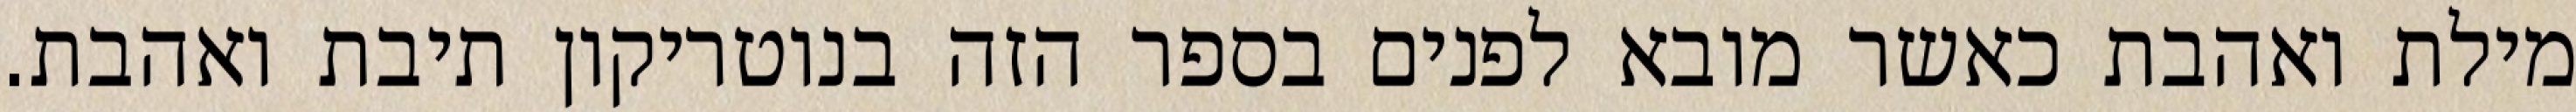
מילת ואהבת כאשר מובא לפנים בספר הזה בנוטריקון תיבת ואהבת.